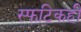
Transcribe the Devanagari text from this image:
स्फटिकही